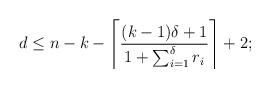
LaTeX: \begin{align*}d \leq n-k- \left\lceil\frac{(k-1)\delta+1}{1+\sum_{i=1}^{\delta} r_i}\right\rceil +2;\end{align*}